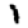
Digit: 1